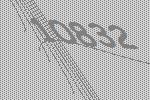
10832